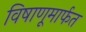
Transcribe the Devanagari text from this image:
विषाणूमार्फत